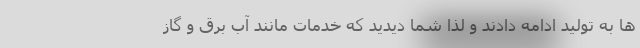
ها به تولید ادامه دادند و لذا شما دیدید که خدمات مانند آب برق و گاز